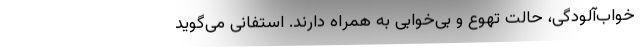
خواب‌آلودگی، حالت تهوع و بی‌خوابی به همراه دارند. استفانی می‌گوید